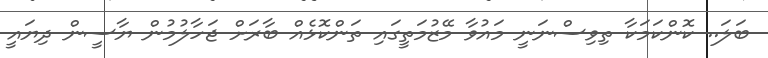
ބަލަ.. ކޮންކަމަކާ ތިވިސްނަނީ މައުވާ މޭޒުމަތީގައި ތަންކޮޅެއް ބާރަށް ޖަހާލުމުން ޔާސީން ދިޔައީ